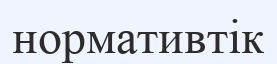
нормативтік